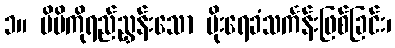
၁။ မိမိကိုရည်ညွှန်းသော မိုးရေခံသင်္ကန်းဖြစ်ခြင်း၊